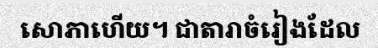
សោភាហើយ។ ជាតារាចំរៀងដែល